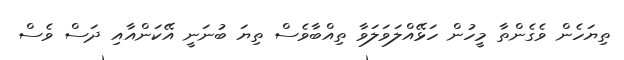
ތިޔަހެން ވެގެންތާ މީހުން ހަޅޭއްލަވަލަވާ ތިއްބާވެސް ތިޔަ ބުނަނީ އޭކަންއާއި ދަސް ވެސް